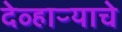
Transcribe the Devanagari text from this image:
देव्हाऱ्याचे